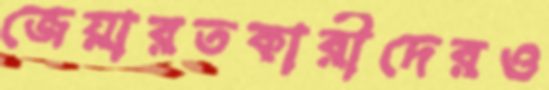
জেয়ারতকারীদেরও